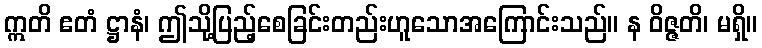
ဣတိ ဧတံ ဋ္ဌာနံ၊ ဤသို့ပြည့်စေခြင်းတည်းဟူသောအကြောင်းသည်။ န ဝိဇ္ဇတိ၊ မရှိ။